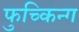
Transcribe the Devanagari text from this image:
फुच्किन्ग